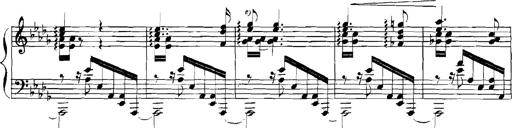
Title: Rhapsodies hongroises
Composer: Franz Liszt